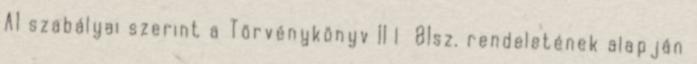
A1 szabályai szerint a Törvénykönyv 11 l 81sz. rendeletének alapján